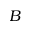
B